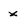
Character: x